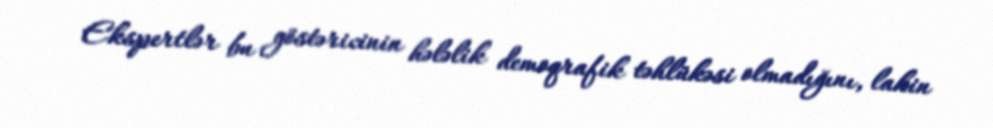
Ekspertlər bu göstəricinin hələlik demoqrafik təhlükəsi olmadığını, lakin